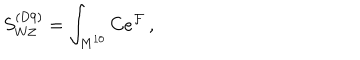
S _ { \mathrm { W Z } } ^ { \mathrm { ( D 9 ) } } = \int _ { M ^ { 1 0 } } C e ^ { { \cal F } } \, ,